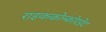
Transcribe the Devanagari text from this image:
राइककोन्कोरडेट